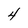
Character: 4